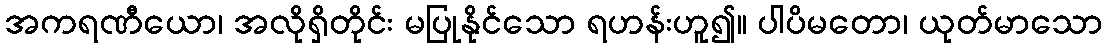
အကရဏီယော၊ အလိုရှိတိုင်း မပြုနိုင်သော ရဟန်းဟူ၍။ ပါပိမတော၊ ယုတ်မာသော